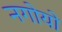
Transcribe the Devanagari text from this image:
नगोयो